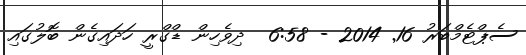
ސެޕްޓެމްބަރު 16